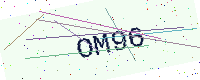
Text: OM96